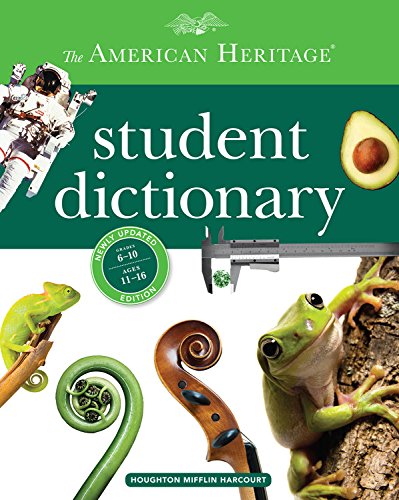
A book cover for The American Heritage Student Dictionary; Editors of the American Heritage Dictionaries; Children's Books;